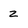
Character: z